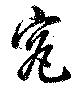
究